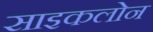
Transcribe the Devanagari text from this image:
साइकलोन